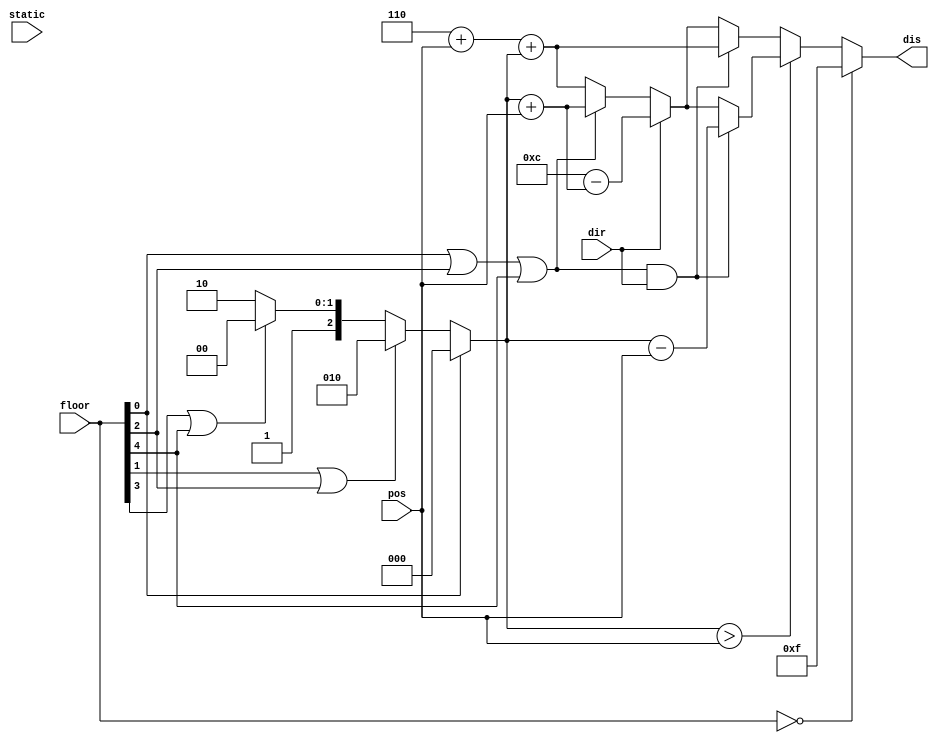
module distance_calculator(
    input [2:0]pos,                       // posicion del elevador 2
    input [5:0]floor,                       // peticion exclusiva de distancia
    input dir,                            // direccion elevador 2: 1 para arriba 0 para abajo
    input static,                         // estado estatico elevador 2 (True or False)
    output [3:0]dis                       // distancia de asensor 2 a piso pedido
    );
    /*
    floor es un vector que alberga de big a little lo siguiente:
    piso 3 direccion hacia abajo
    piso 2 direccion hacia arriba
    piso 2 direccion hacia abajo
    piso 1 direccion hacia arriba
    piso 1 direccion hacia abajo
    piso -1 direccion hacia arriba
    que corresponde a las peticiones en cada piso
    */
    wire direction;
    wire [2:0]pos_aux;
    
    
    wire [3:0]arriba_abajo = 12-pos-pos_aux;    
    wire [3:0]abajo_arriba = pos + pos_aux;    
    wire [3:0]distancia;    
    
    assign direction = floor[0]|floor[2]|floor[4];
    assign pos_aux = floor[0] ? 3'b000 : (floor[1]|floor[2] ? 3'b010 : (floor[3]|floor[4] ? 3'b100 : 3'b110));
    
    assign distancia = (pos_aux>pos) ? (direction&dir ? pos_aux-pos : (dir ? 12-(pos_aux+pos) : (direction ? pos+pos_aux : 6+pos+pos_aux))) : 
        (direction&dir ? 6+pos+pos_aux : (dir ? 12 -(pos_aux+pos) :(direction ? pos+pos_aux : 6+pos+pos_aux)));
    
    assign dis = floor==0 ? 4'b1111 : distancia;
endmodule